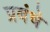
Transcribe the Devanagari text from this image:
प्रबंधे